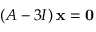
\left( A - 3 I \right) \mathbf { x } = \mathbf { 0 }